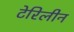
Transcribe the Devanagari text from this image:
टेरिलीन